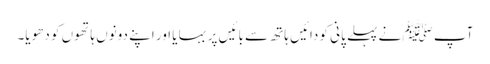
آپ ﷺ نے پہلے پانی کو دائیں ہاتھ سے بائیں پر بہا یا اور اپنے دونوں ہاتھوں کو دھویا۔